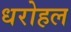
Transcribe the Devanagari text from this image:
धरोहल